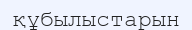
құбылыстарын